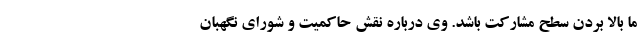
ما بالا بردن سطح مشارکت باشد. وی درباره نقش حاکمیت و شورای نگهبان